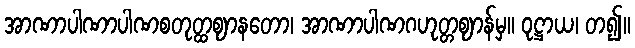
အာဏာပါဏာပါဏစတုတ္ထဈာနတော၊ အာဏာပါဏဂဟုတ္တဈာန်မှ။ ဝုဋ္ဌာယ၊ တ၍။